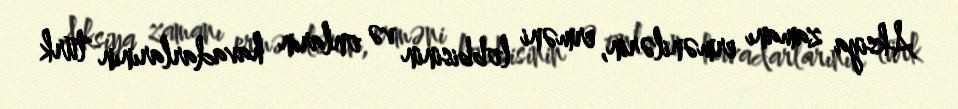
Aksiya zamanı ermənilərin, erməni lobbisinin və onların havadarlarının türk